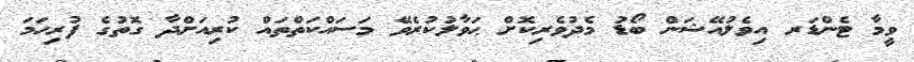
ވީމާ ޓެންޑަރ އިވެލުއޭޝަން ބޯޑު މެދުވެރިކޮށް ޙަވާލުކުރެވޭ މަސައްކަތްތައް ކުރިއަށްދާ ގޮތުގެ ފުރިހަމަ